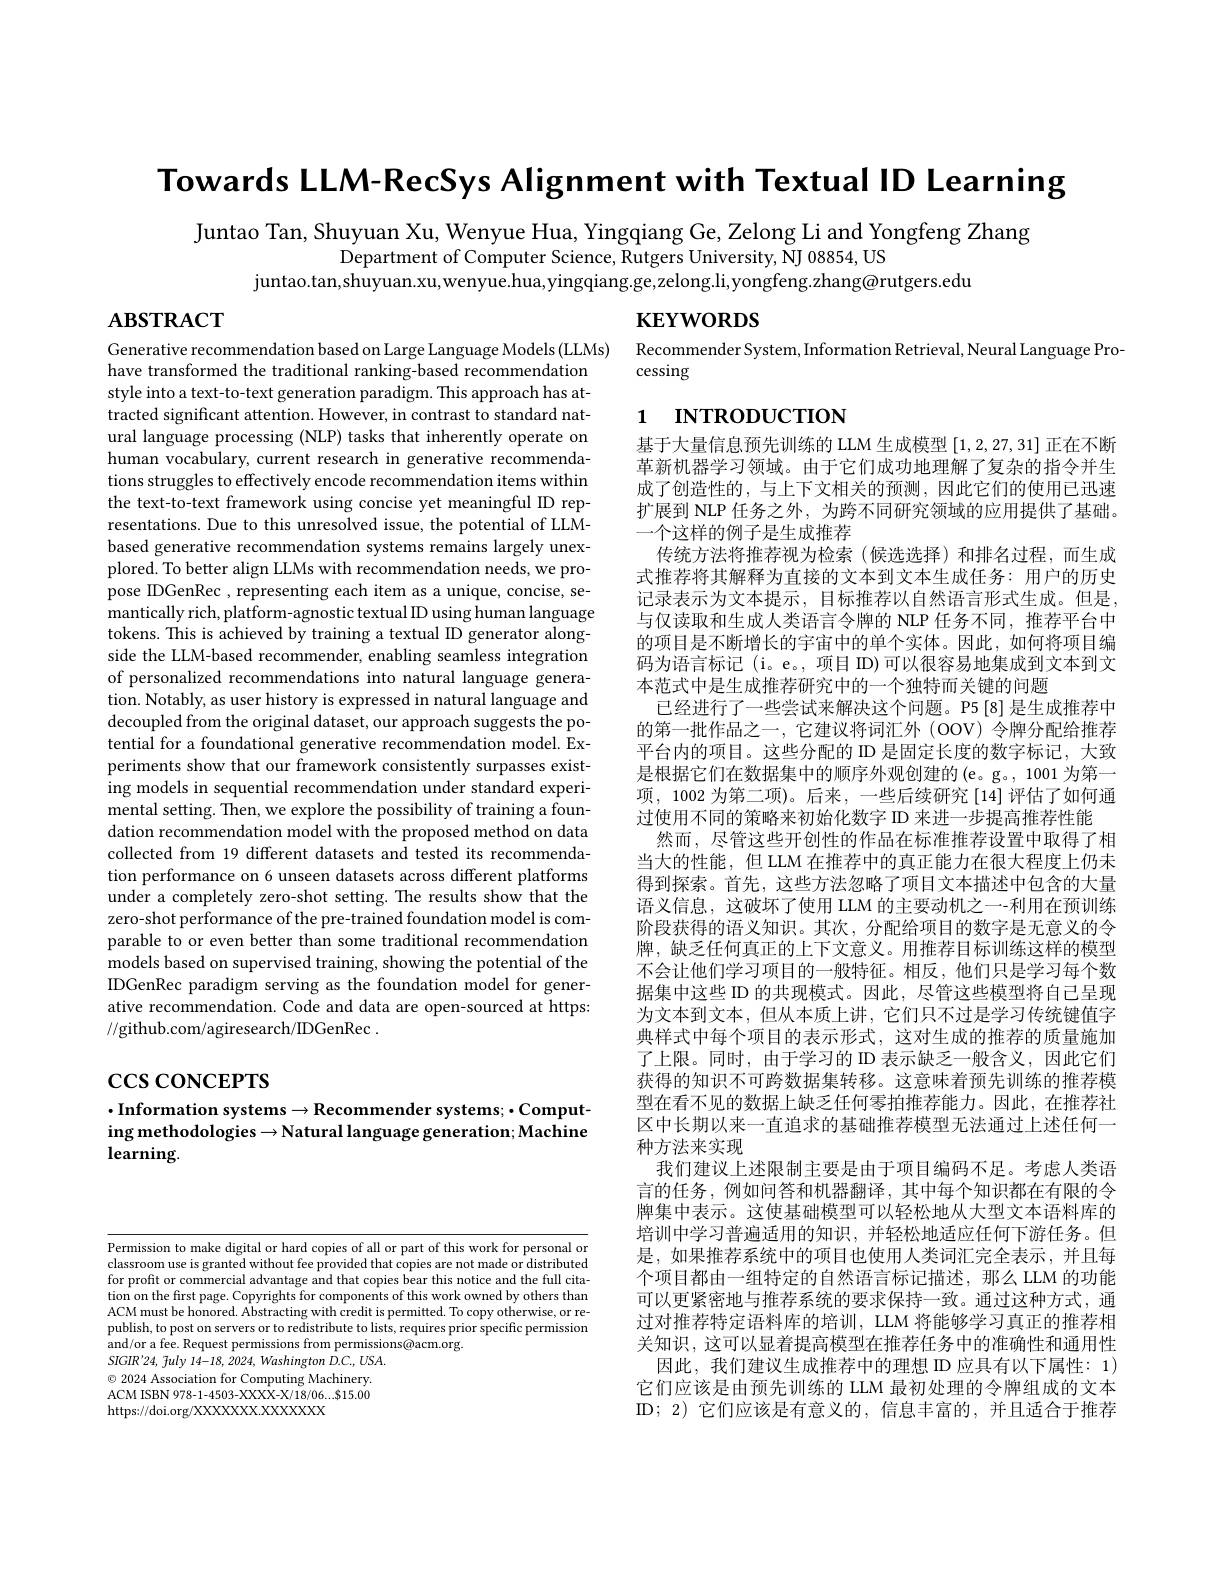
Towards LLM-RecSys Alignment with Textual ID Learning

Juntao Tan, Shuyuan Xu, Wenyue Hua, Yingqiang Ge, Zelong Li and Yongfeng Zhang
Department of Computer Science, Rutgers University, NJ 08854, US
$\hat{\text{juntao.tan,shuyuan.xu,wenyue.hua,yingqiang.ge,zelong.li,yongfeng.zhang@rutgers.edu}}$

$\mathbf{KEYWORDS}$

$\mathbf{ABSTRACT}$

Recommender System, Information Retrieval, Neural Language Pro-
cessing

# 1 INTRODUCTION

Generative recommendation based on Large Language Models (LLMs)
have transformed the traditional ranking-based recommendation style into a text-to-text generation paradigm. This approach has attracted significant attention. However, in contrast to standard natural language processing (NLP) tasks that inherently operate on human vocabulary, current research in generative recommendations struggles to effectively encode recommendation items within the text-to-text framework using concise yet meaningful ID representations. Due to this unresolved issue, the potential of LLMbased generative recommendation systems remains largely unexplored. To better align LLMs with recommendation needs, we propose IDGenRec, representing each item as a unique, concise, se- $\begin{aligned}\text{mantically rich, platform-agnostictextual ID using human language}\\\text{mantically rich, platform-agnostic textual ID using human language}\end{aligned}$ tokens. This is achieved by training a textual ID generator alongside the LLM-based recommender, enabling seamless integration of personalized recommendations into natural language generation. Notably, as user history is expressed in natural language and decoupled from the original dataset, our approach suggests the potential for a foundational generative recommendation model. Experiments show that our framework consistently surpasses existing models in sequential recommendation under standard experimental setting. Then, we explore the possibility of training a foundation recommendation model with the proposed method on data collected from 19 different datasets and tested its recommendation performance on 6 unseen datasets across different platforms under a completely zero-shot setting. The results show that the zero-shot performance of the pre-trained foundation model is comparable to or even better than some traditional recommendation models based on supervised training, showing the potential of the IDGenRec paradigm serving as the foundation model for generative recommendation. Code and data are open-sourced at https: //github.com/agiresearch/IDGenRec .

基于大量信息预先训练的 LLM 生成模型[1,2,27,31]正在不断革新机器学习领域。由于它们成功地理解了复杂的指令并生成了创造性的，与上下文相关的预测，因此它们的使用已迅速扩展到 NLP 任务之外，为跨不同研究领域的应用提供了基础。一个这样的例子是生成推荐
传统方法将推荐视为检索(候选选择)和排名过程，而生成式推荐将其解释为直接的文本到文本生成任务：用户的历史记录表示为文本提示，目标推荐以自然语言形式生成。但是， 与仅读取和生成人类语言令牌的 NLP 任务不同，推荐平台中的项目是不断增长的宇宙中的单个实体。因此，如何将项目编码为语言标记 (i。e。, 项目 ID) 可以很容易地集成到文本到文本范式中是生成推荐研究中的一个独特而关键的问题
已经进行了一些尝试来解决这个问题。P5[8] 是生成推荐中的第一批作品之一，它建议将词汇外 (OOV) 令牌分配给推荐平台内的项目。这些分配的 ID 是固定长度的数字标记，大致是根据它们在数据集中的顺序外观创建的(e。g。, 1001 为第一项，1002 为第二项)。后来，一些后续研究 [14] 评估了如何通过使用不同的策略来初始化数字 ID 来进一步提高推荐性能
然而，尽管这些开创性的作品在标准推荐设置中取得了相当大的性能，但 LLM 在推荐中的真正能力在很大程度上仍未得到探索。首先，这些方法忽略了项目文本描述中包含的大量语义信息，这破坏了使用 LLM 的主要动机之一-利用在预训练阶段获得的语义知识。其次，分配给项目的数字是无意义的令牌，缺乏任何真正的上下文意义。用推荐目标训练这样的模型不会让他们学习项目的一般特征。相反，他们只是学习每个数据集中这些 ID 的共现模式。因此，尽管这些模型将自己呈现为文本到文本，但从本质上讲，它们只不过是学习传统键值字典样式中每个项目的表示形式，这对生成的推荐的质量施加了上限。同时，由于学习的 ID 表示缺乏一般含义，因此它们获得的知识不可跨数据集转移。这意味着预先训练的推荐模型在看不见的数据上缺乏任何零拍推荐能力。因此，在推荐社区中长期以来一直追求的基础推荐模型无法通过上述任何一种方法来实现
我们建议上述限制主要是由于项目编码不足。考虑人类语言的任务，例如问答和机器翻译，其中每个知识都在有限的令牌集中表示。这使基础模型可以轻松地从大型文本语料库的培训中学习普遍适用的知识，并轻松地适应任何下游任务。但是，如果推荐系统中的项目也使用人类词汇完全表示，并且每个项目都由一组特定的自然语言标记描述，那么 LLM 的功能可以更紧密地与推荐系统的要求保持一致。通过这种方式，通过对推荐特定语料库的培训，LLM 将能够学习真正的推荐相关知识，这可以显着提高模型在推荐任务中的准确性和通用性
因此，我们建议生成推荐中的理想 ID 应具有以下属性：1) 它们应该是由预先训练的 LLM 最初处理的令牌组成的文本ID; 2) 它们应该是有意义的，信息丰富的，并且适合于推荐

# $\csc\csc$coNCEPTS

$\cdot$Information systems$\to$Recommender systems;$\cdot$Computing methodologies → Natural language generation; Machine learning

Permission to make digital or hard copies of all or part of this work for personal or classroom use is granted without fee provided that copies are not made or distributed classroom use is granted without fee provided that copies are not made or distributed cher for profit or commercial advantage and that copies bear this notice and the full citation on the first page. Copyrights for components of this work owned by others than ACM must be honored. Abstracting with credit is permitted. To copy otherwise, or republish, to post on servers or to redistribute to lists, requires prior specific permission and/or a fee. Request permissions from permissions@acm.org.
$SIGIR'24$, fuly 14-18, 2024, Washington $\hat{D}.C.,USA.$ $\odot$ 2024 Association for Computing Machinery. ACM ISBN 978-1-4503-XXXX-X/18/06...$15.00 https://doi.org/XXXXXXX.XXXXXX